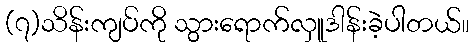
(၇)သိန်းကျပ်ကို သွားရောက်လှူဒါန်းခဲ့ပါတယ်။